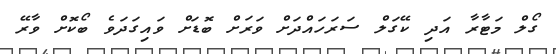
ގޯލް މަޓާރާ އަދި ކޭގަލް ސަރަހައްދަށް ވަރަށް ބޮޑަށް ވައިގަދަވެ ބޯކޮށް ވާރޭ